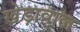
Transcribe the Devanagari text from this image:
खेड़ावाल